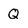
Character: Q